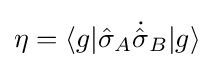
\eta =\langle g|{\hat {\sigma }}_{A}{\dot {\hat {\sigma }}}_{B}|g\rangle